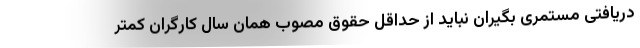
دریافتی مستمری بگیران نباید از حداقل حقوق مصوب همان سال کارگران کمتر